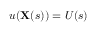
u ( \mathbf { X } ( s ) ) = U ( s )